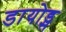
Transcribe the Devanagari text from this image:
डायोड्स